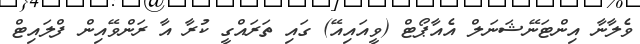
ވެލާނާ އިންޓަނޭޝަނަލް އެއާޕޯޓް (ވީއައިއޭ) ގައި ތަރައްގީ ކުރާ އާ ރަންވޭއިން ފްލައިޓް